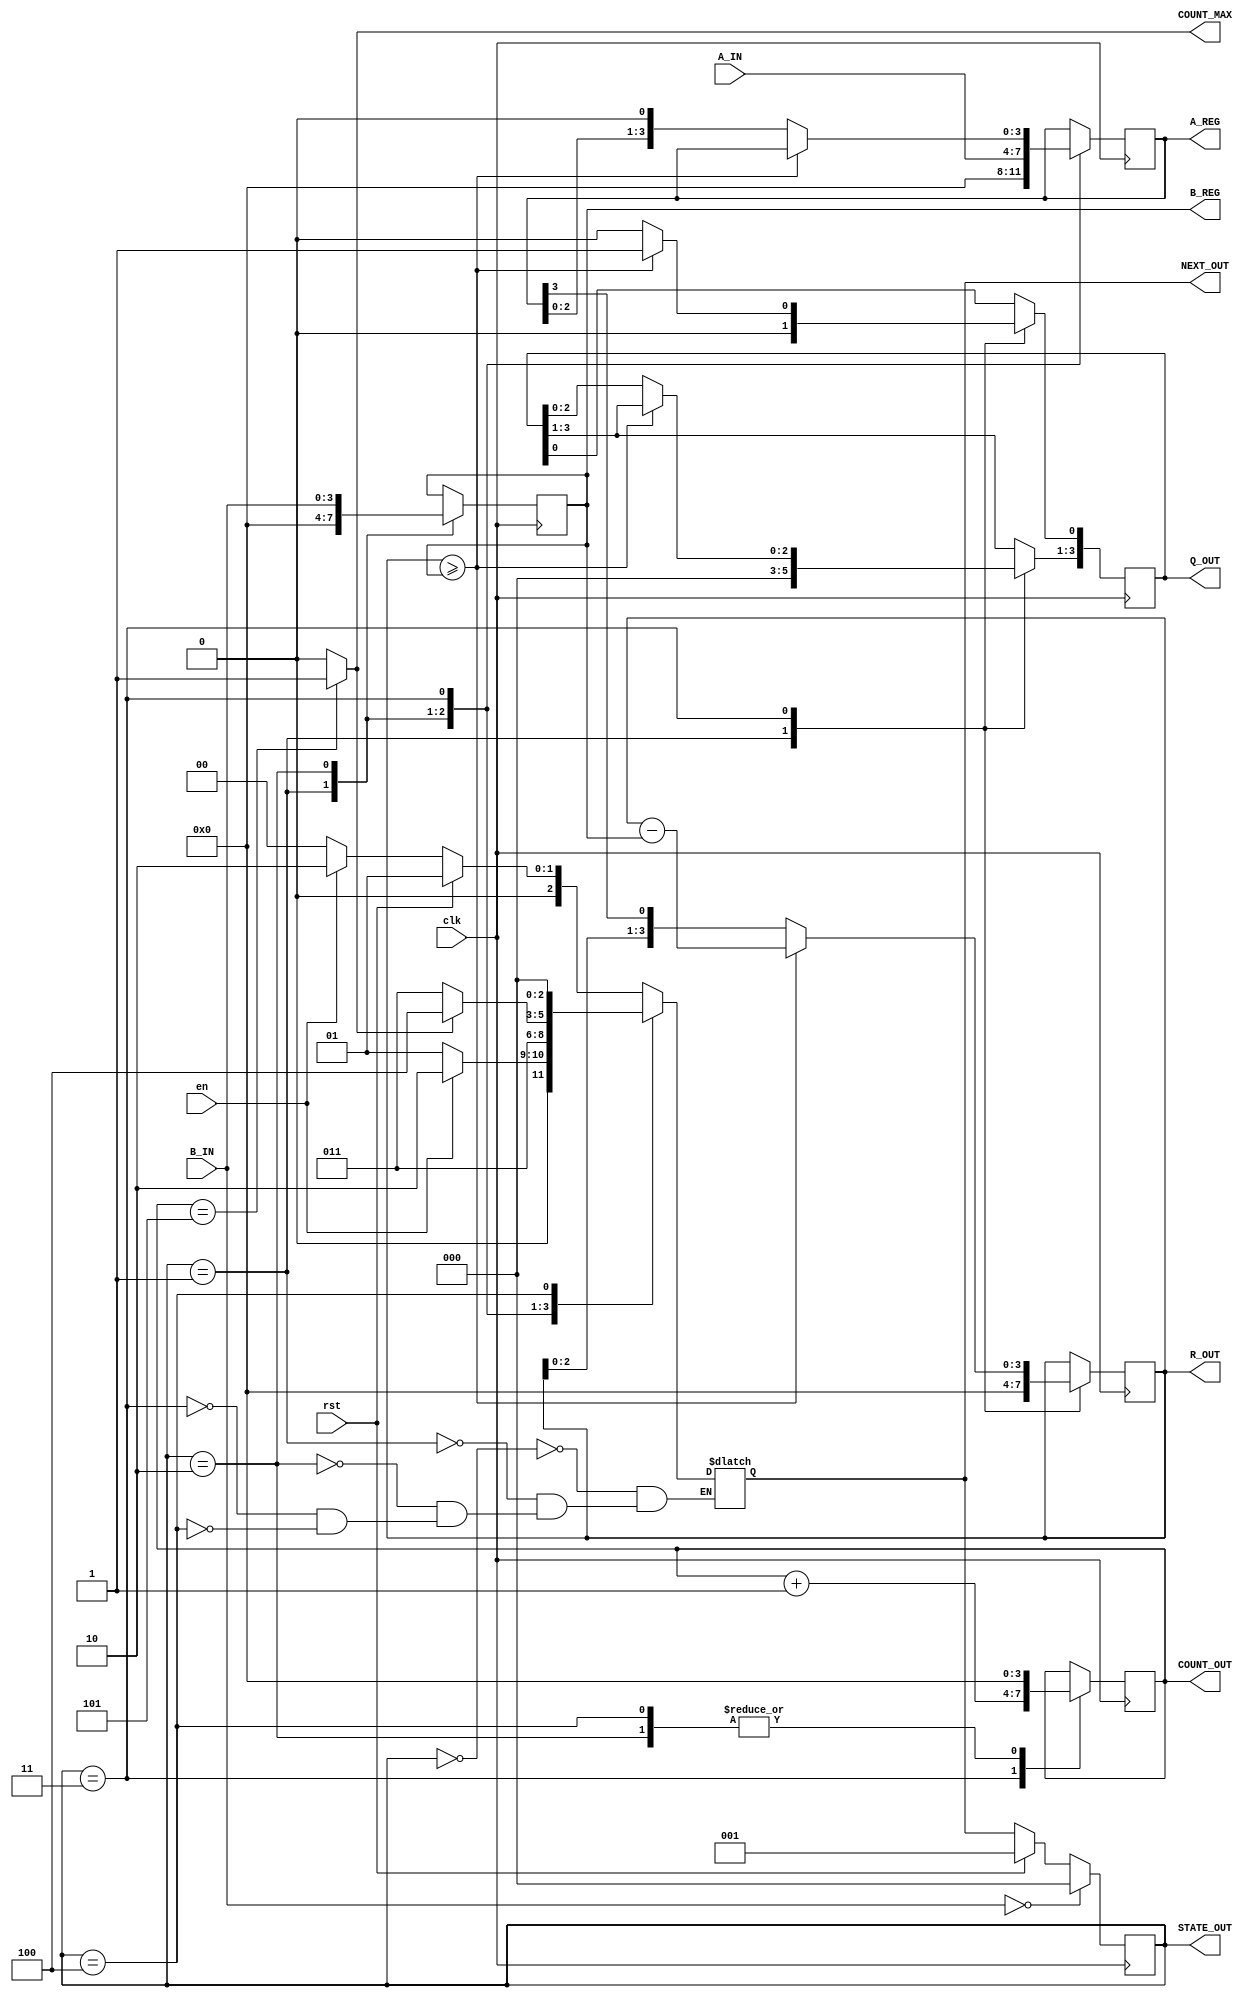
module divisor #(parameter WIDTH=4) (A_IN,B_IN,Q_OUT,R_OUT,STATE_OUT,NEXT_OUT,clk,rst,en,A_REG,B_REG,COUNT_OUT,COUNT_MAX);
  // unsigned A:B = D+R
  input [WIDTH-1:0] A_IN;
  input [WIDTH-1:0] B_IN;
  input clk,rst,en;
  output [WIDTH-1:0] Q_OUT;
  output [WIDTH-1:0] R_OUT;
  output [WIDTH-1:0] A_REG;
  output [WIDTH-1:0] B_REG;
  output [2:0] STATE_OUT;
  output [2:0] NEXT_OUT;
  output [WIDTH-1:0] COUNT_OUT;
  output COUNT_MAX;
  
  reg [WIDTH-1:0] A; // copy of A
  reg [WIDTH-1:0] B; // copy of B
  reg [WIDTH-1:0] Q; // placeholder for D (quotient)
  reg [WIDTH-1:0] R; // placeholder for R (remainder), also serves as accumulator
  
  reg [2:0]	cur_state;
  reg [2:0]	next_state;
  reg [WIDTH-1:0]counter;//iteration counter
  
  assign Q_OUT = Q;
  assign R_OUT = R;
  assign A_REG = A;
  assign B_REG = B;
  
  assign STATE_OUT = cur_state;
  assign NEXT_OUT = next_state;
  assign COUNT_OUT =counter;
  assign COUNT_MAX = (counter==WIDTH+1) ? 1:0;
  
  localparam IDLE = 3'd0;
  localparam ZERO = 3'd1;
  localparam LOAD = 3'd2;
  localparam DIV = 3'd3;
  localparam FINISH = 3'd4;
  
  //update state
  always @(posedge clk) begin
    if(B_IN==0)
      cur_state<=IDLE;
    else if(rst)
      cur_state<=ZERO;
    else
      cur_state<=next_state;
  end
  
  //next state logic
  always @(*)begin
    case(cur_state)
      IDLE:begin
        if(rst)
          	next_state=ZERO;
      	else if(en)
      		next_state=LOAD;
        else
          	next_state=IDLE;
      end
      
      ZERO:begin
        if(en)
          next_state=LOAD;
        else
          next_state=ZERO;
      end
      
      LOAD:begin
        	next_state=DIV;
      end
      
      DIV:begin
        if(COUNT_MAX)
          next_state=FINISH;
        else
          next_state=DIV;
      end
      
      FINISH:begin
          next_state=IDLE;
      end
      
    endcase
  end
  
  //actual data algorithm
  always @(posedge clk)begin
    
    case(cur_state)
      IDLE:begin
        A<=A;
        B<=B;
        Q<=Q;
        R<=R;
      end
      
      ZERO:begin
        A<=0;
        B<=0;
        Q<=0;
        R<=0;
      end
      
      LOAD:begin
        A<=A_IN;
        B<=B_IN;
        counter<=1'd0;
      end
      
      DIV:begin
        counter<=counter+1;
        if(R>=B)begin
          R<=R-B;
          Q[0]<=1'b1;
        end
        else begin
          R<={R[WIDTH-2:0],A[WIDTH-1]};
          A<=A<<1;
          Q<=Q<<1;
        end
        
      end
      
      FINISH:begin
        	Q<=Q;
      		R<=R;
         	counter<=1'd0;
      end
      
    endcase
  end
  
endmodule